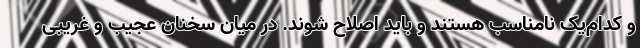
و کدام‌یک نامناسب هستند و باید اصلاح شوند. در میان سخنان عجیب و غریبی